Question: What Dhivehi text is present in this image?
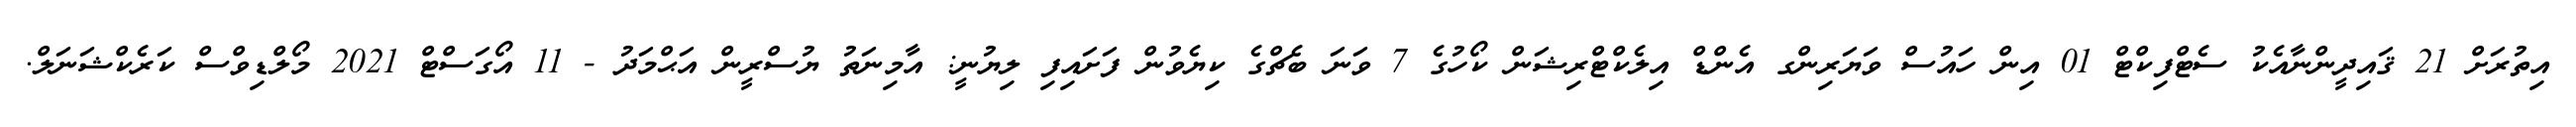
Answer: އިތުރަށް 21 ޤައިދީންނާއެކު ސެޓްފިކްޓް 01 އިން ހައުސް ވަޔަރިންގ އެންޑް އިލެކްޓްރިޝަން ކޯހުގެ 7 ވަނަ ބެޗްގެ ކިޔެވުން ފަށައިފި ލިޔުނީ: އާމިނަތު ޔުސްރީން އަޙްމަދު - 11 އޯގަސްޓް 2021 މޯލްޑިވްސް ކަރެކްޝަނަލް.